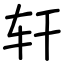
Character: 轩